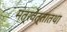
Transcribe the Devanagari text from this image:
मंत्रवेत्तातथा